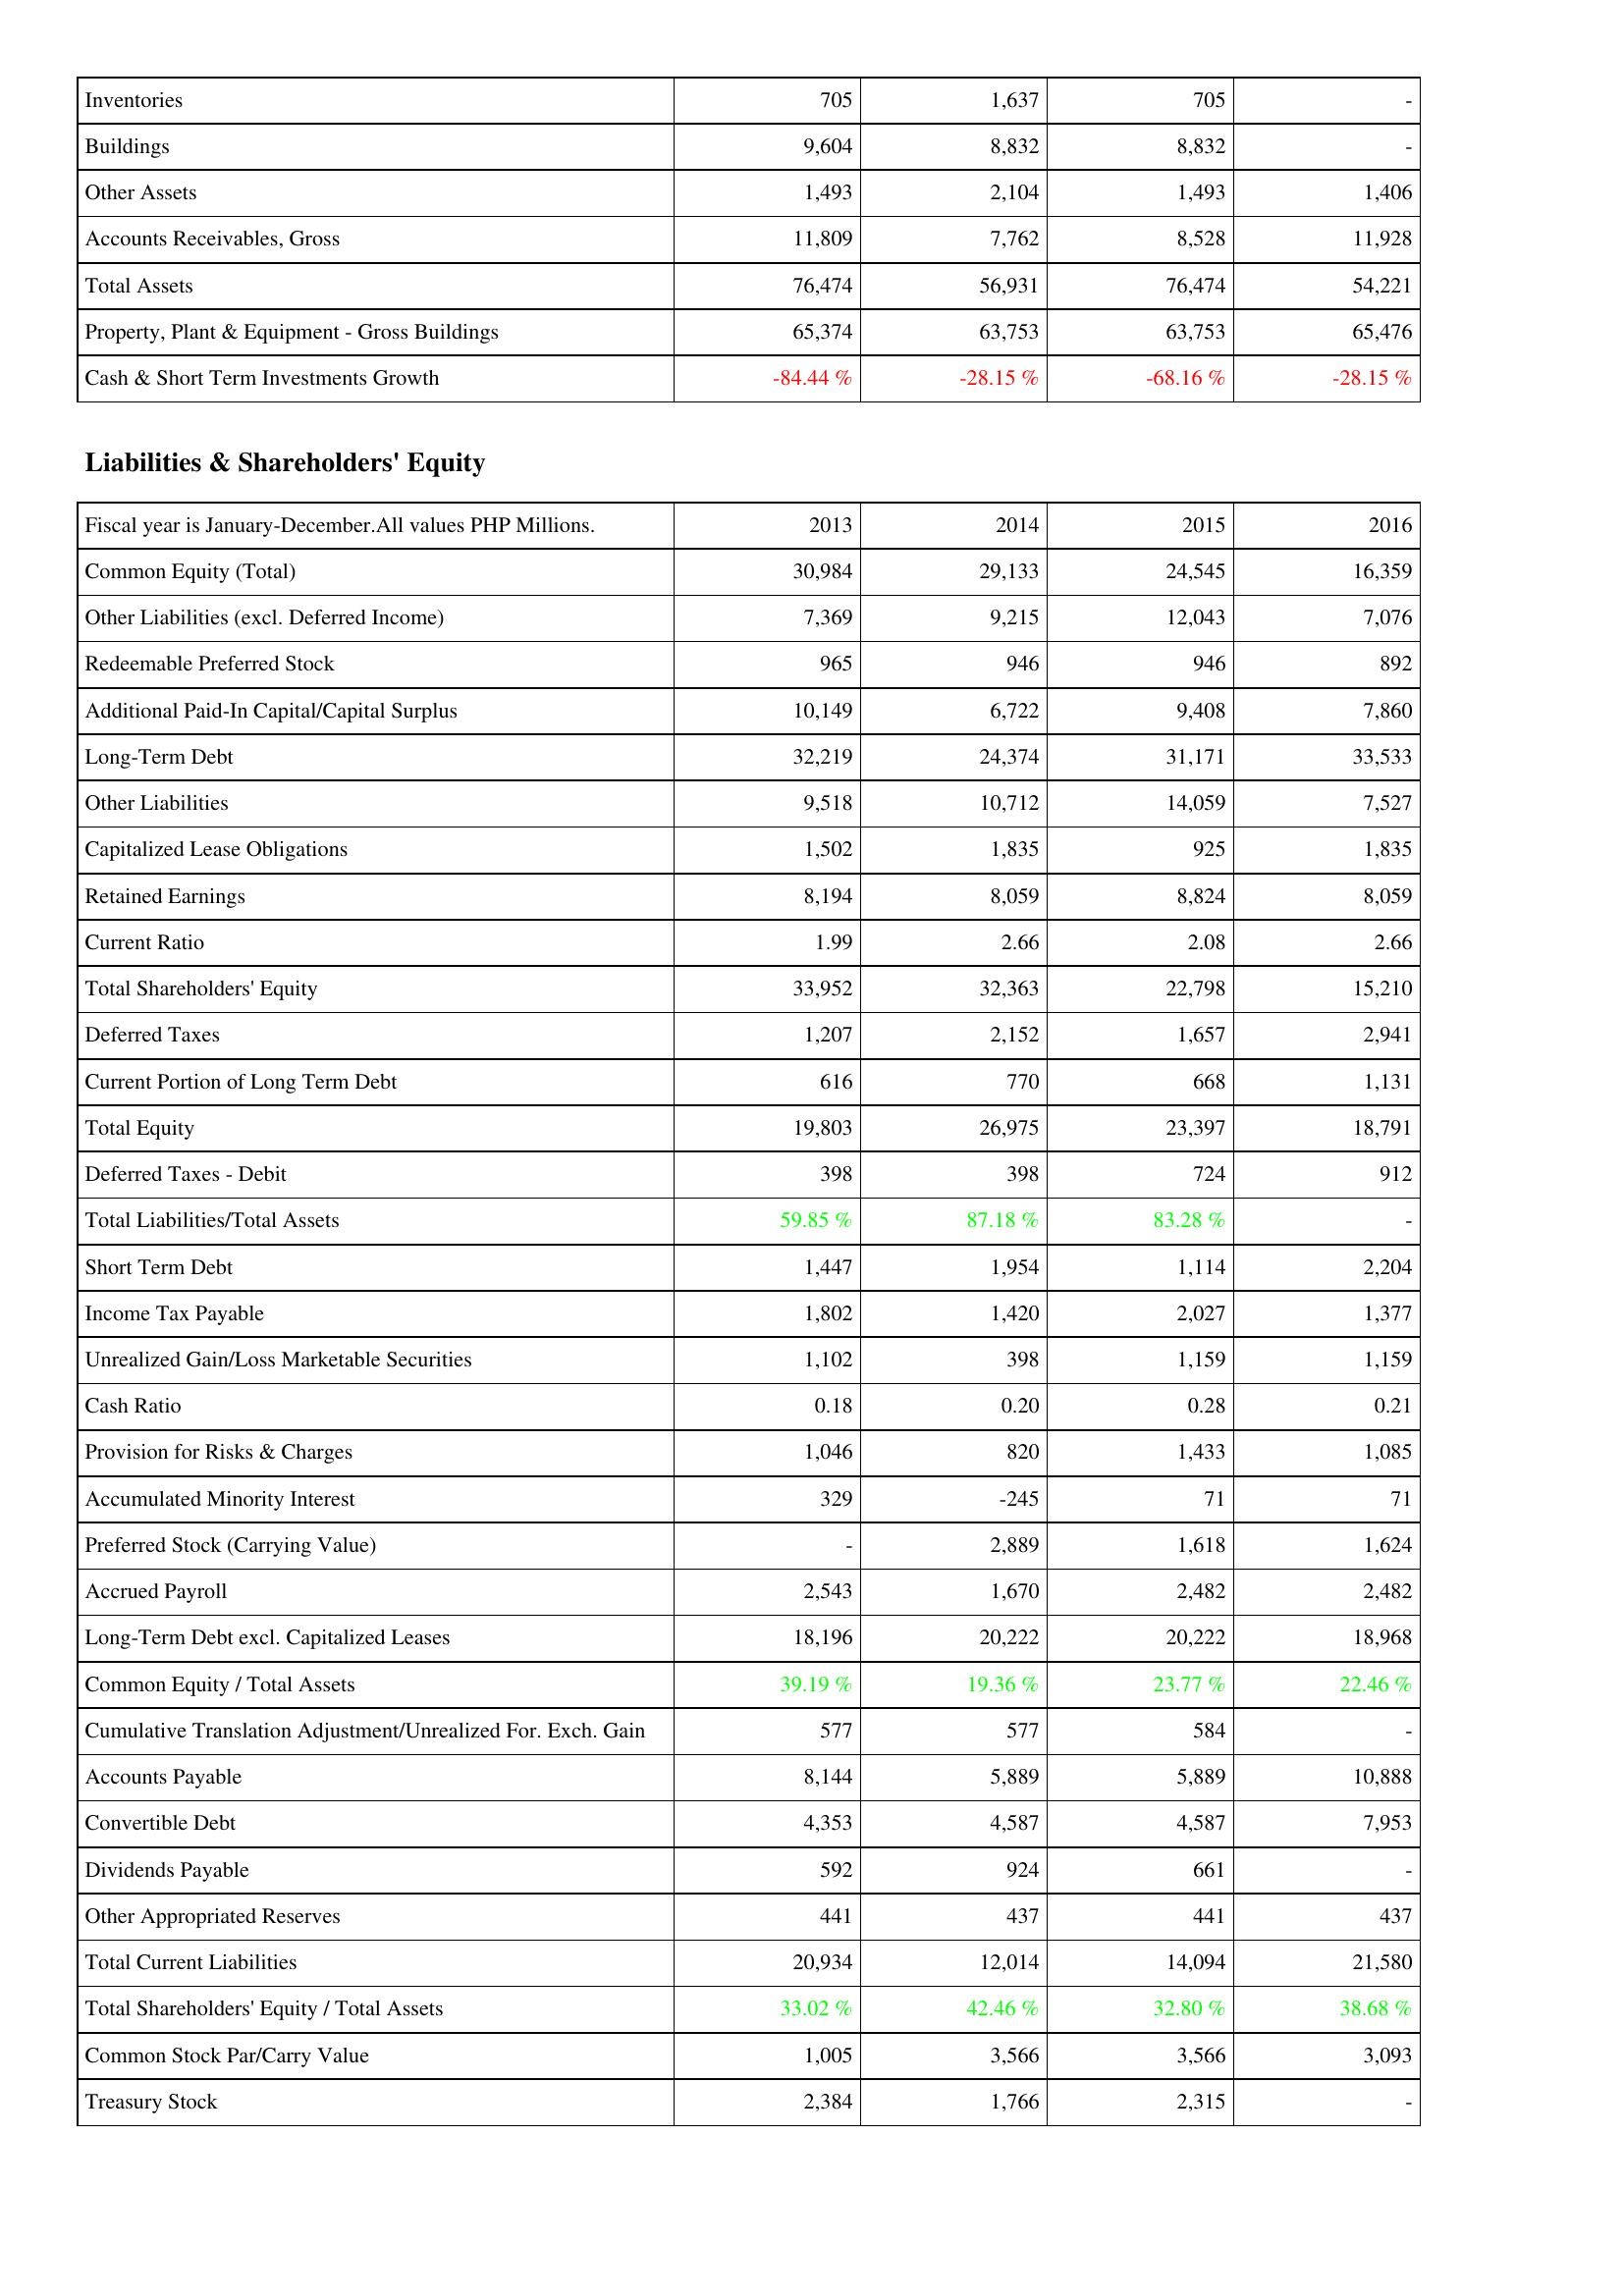
2013: Assets: Inventories: 705
Buildings: 9,604
Other Assets: 1,493
Accounts Receivables, Gross: 11,809
Total Assets: 76,474
Property, Plant & Equipment - Gross Buildings: 65,374
Cash & Short Term Investments Growth: -84.44 %
Liabilities & Shareholders' Equity: Common Equity (Total): 30,984
Other Liabilities (excl. Deferred Income): 7,369
Redeemable Preferred Stock: 965
Additional Paid-In Capital/Capital Surplus: 10,149
Long-Term Debt: 32,219
Other Liabilities: 9,518
Capitalized Lease Obligations: 1,502
Retained Earnings: 8,194
Current Ratio: 1.99
Total Shareholders' Equity: 33,952
Deferred Taxes: 1,207
Current Portion of Long Term Debt: 616
Total Equity: 19,803
Deferred Taxes - Debit: 398
Total Liabilities/Total Assets: 59.85 %
Short Term Debt: 1,447
Income Tax Payable: 1,802
Unrealized Gain/Loss Marketable Securities: 1,102
Cash Ratio: 0.18
Provision for Risks & Charges: 1,046
Accumulated Minority Interest: 329
Preferred Stock (Carrying Value): -
Accrued Payroll: 2,543
Long-Term Debt excl. Capitalized Leases: 18,196
Common Equity / Total Assets: 39.19 %
Cumulative Translation Adjustment/Unrealized For. Exch. Gain: 577
Accounts Payable: 8,144
Convertible Debt: 4,353
Dividends Payable: 592
Other Appropriated Reserves: 441
Total Current Liabilities: 20,934
Total Shareholders' Equity / Total Assets: 33.02 %
Common Stock Par/Carry Value: 1,005
Treasury Stock: 2,384
2014: Assets: Inventories: 1,637
Buildings: 8,832
Other Assets: 2,104
Accounts Receivables, Gross: 7,762
Total Assets: 56,931
Property, Plant & Equipment - Gross Buildings: 63,753
Cash & Short Term Investments Growth: -28.15 %
Liabilities & Shareholders' Equity: Common Equity (Total): 29,133
Other Liabilities (excl. Deferred Income): 9,215
Redeemable Preferred Stock: 946
Additional Paid-In Capital/Capital Surplus: 6,722
Long-Term Debt: 24,374
Other Liabilities: 10,712
Capitalized Lease Obligations: 1,835
Retained Earnings: 8,059
Current Ratio: 2.66
Total Shareholders' Equity: 32,363
Deferred Taxes: 2,152
Current Portion of Long Term Debt: 770
Total Equity: 26,975
Deferred Taxes - Debit: 398
Total Liabilities/Total Assets: 87.18 %
Short Term Debt: 1,954
Income Tax Payable: 1,420
Unrealized Gain/Loss Marketable Securities: 398
Cash Ratio: 0.20
Provision for Risks & Charges: 820
Accumulated Minority Interest: -245
Preferred Stock (Carrying Value): 2,889
Accrued Payroll: 1,670
Long-Term Debt excl. Capitalized Leases: 20,222
Common Equity / Total Assets: 19.36 %
Cumulative Translation Adjustment/Unrealized For. Exch. Gain: 577
Accounts Payable: 5,889
Convertible Debt: 4,587
Dividends Payable: 924
Other Appropriated Reserves: 437
Total Current Liabilities: 12,014
Total Shareholders' Equity / Total Assets: 42.46 %
Common Stock Par/Carry Value: 3,566
Treasury Stock: 1,766
2015: Assets: Inventories: 705
Buildings: 8,832
Other Assets: 1,493
Accounts Receivables, Gross: 8,528
Total Assets: 76,474
Property, Plant & Equipment - Gross Buildings: 63,753
Cash & Short Term Investments Growth: -68.16 %
Liabilities & Shareholders' Equity: Common Equity (Total): 24,545
Other Liabilities (excl. Deferred Income): 12,043
Redeemable Preferred Stock: 946
Additional Paid-In Capital/Capital Surplus: 9,408
Long-Term Debt: 31,171
Other Liabilities: 14,059
Capitalized Lease Obligations: 925
Retained Earnings: 8,824
Current Ratio: 2.08
Total Shareholders' Equity: 22,798
Deferred Taxes: 1,657
Current Portion of Long Term Debt: 668
Total Equity: 23,397
Deferred Taxes - Debit: 724
Total Liabilities/Total Assets: 83.28 %
Short Term Debt: 1,114
Income Tax Payable: 2,027
Unrealized Gain/Loss Marketable Securities: 1,159
Cash Ratio: 0.28
Provision for Risks & Charges: 1,433
Accumulated Minority Interest: 71
Preferred Stock (Carrying Value): 1,618
Accrued Payroll: 2,482
Long-Term Debt excl. Capitalized Leases: 20,222
Common Equity / Total Assets: 23.77 %
Cumulative Translation Adjustment/Unrealized For. Exch. Gain: 584
Accounts Payable: 5,889
Convertible Debt: 4,587
Dividends Payable: 661
Other Appropriated Reserves: 441
Total Current Liabilities: 14,094
Total Shareholders' Equity / Total Assets: 32.80 %
Common Stock Par/Carry Value: 3,566
Treasury Stock: 2,315
2016: Assets: Inventories: -
Buildings: -
Other Assets: 1,406
Accounts Receivables, Gross: 11,928
Total Assets: 54,221
Property, Plant & Equipment - Gross Buildings: 65,476
Cash & Short Term Investments Growth: -28.15 %
Liabilities & Shareholders' Equity: Common Equity (Total): 16,359
Other Liabilities (excl. Deferred Income): 7,076
Redeemable Preferred Stock: 892
Additional Paid-In Capital/Capital Surplus: 7,860
Long-Term Debt: 33,533
Other Liabilities: 7,527
Capitalized Lease Obligations: 1,835
Retained Earnings: 8,059
Current Ratio: 2.66
Total Shareholders' Equity: 15,210
Deferred Taxes: 2,941
Current Portion of Long Term Debt: 1,131
Total Equity: 18,791
Deferred Taxes - Debit: 912
Total Liabilities/Total Assets: -
Short Term Debt: 2,204
Income Tax Payable: 1,377
Unrealized Gain/Loss Marketable Securities: 1,159
Cash Ratio: 0.21
Provision for Risks & Charges: 1,085
Accumulated Minority Interest: 71
Preferred Stock (Carrying Value): 1,624
Accrued Payroll: 2,482
Long-Term Debt excl. Capitalized Leases: 18,968
Common Equity / Total Assets: 22.46 %
Cumulative Translation Adjustment/Unrealized For. Exch. Gain: -
Accounts Payable: 10,888
Convertible Debt: 7,953
Dividends Payable: -
Other Appropriated Reserves: 437
Total Current Liabilities: 21,580
Total Shareholders' Equity / Total Assets: 38.68 %
Common Stock Par/Carry Value: 3,093
Treasury Stock: -